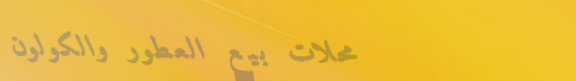
محلات بيع العطور والكولون